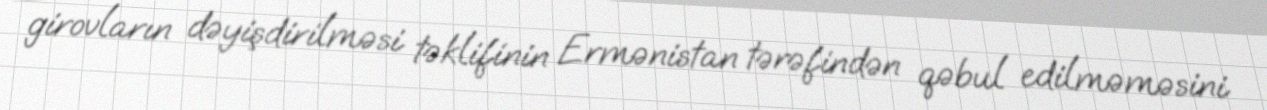
girovların dəyişdirilməsi təklifinin Ermənistan tərəfindən qəbul edilməməsini